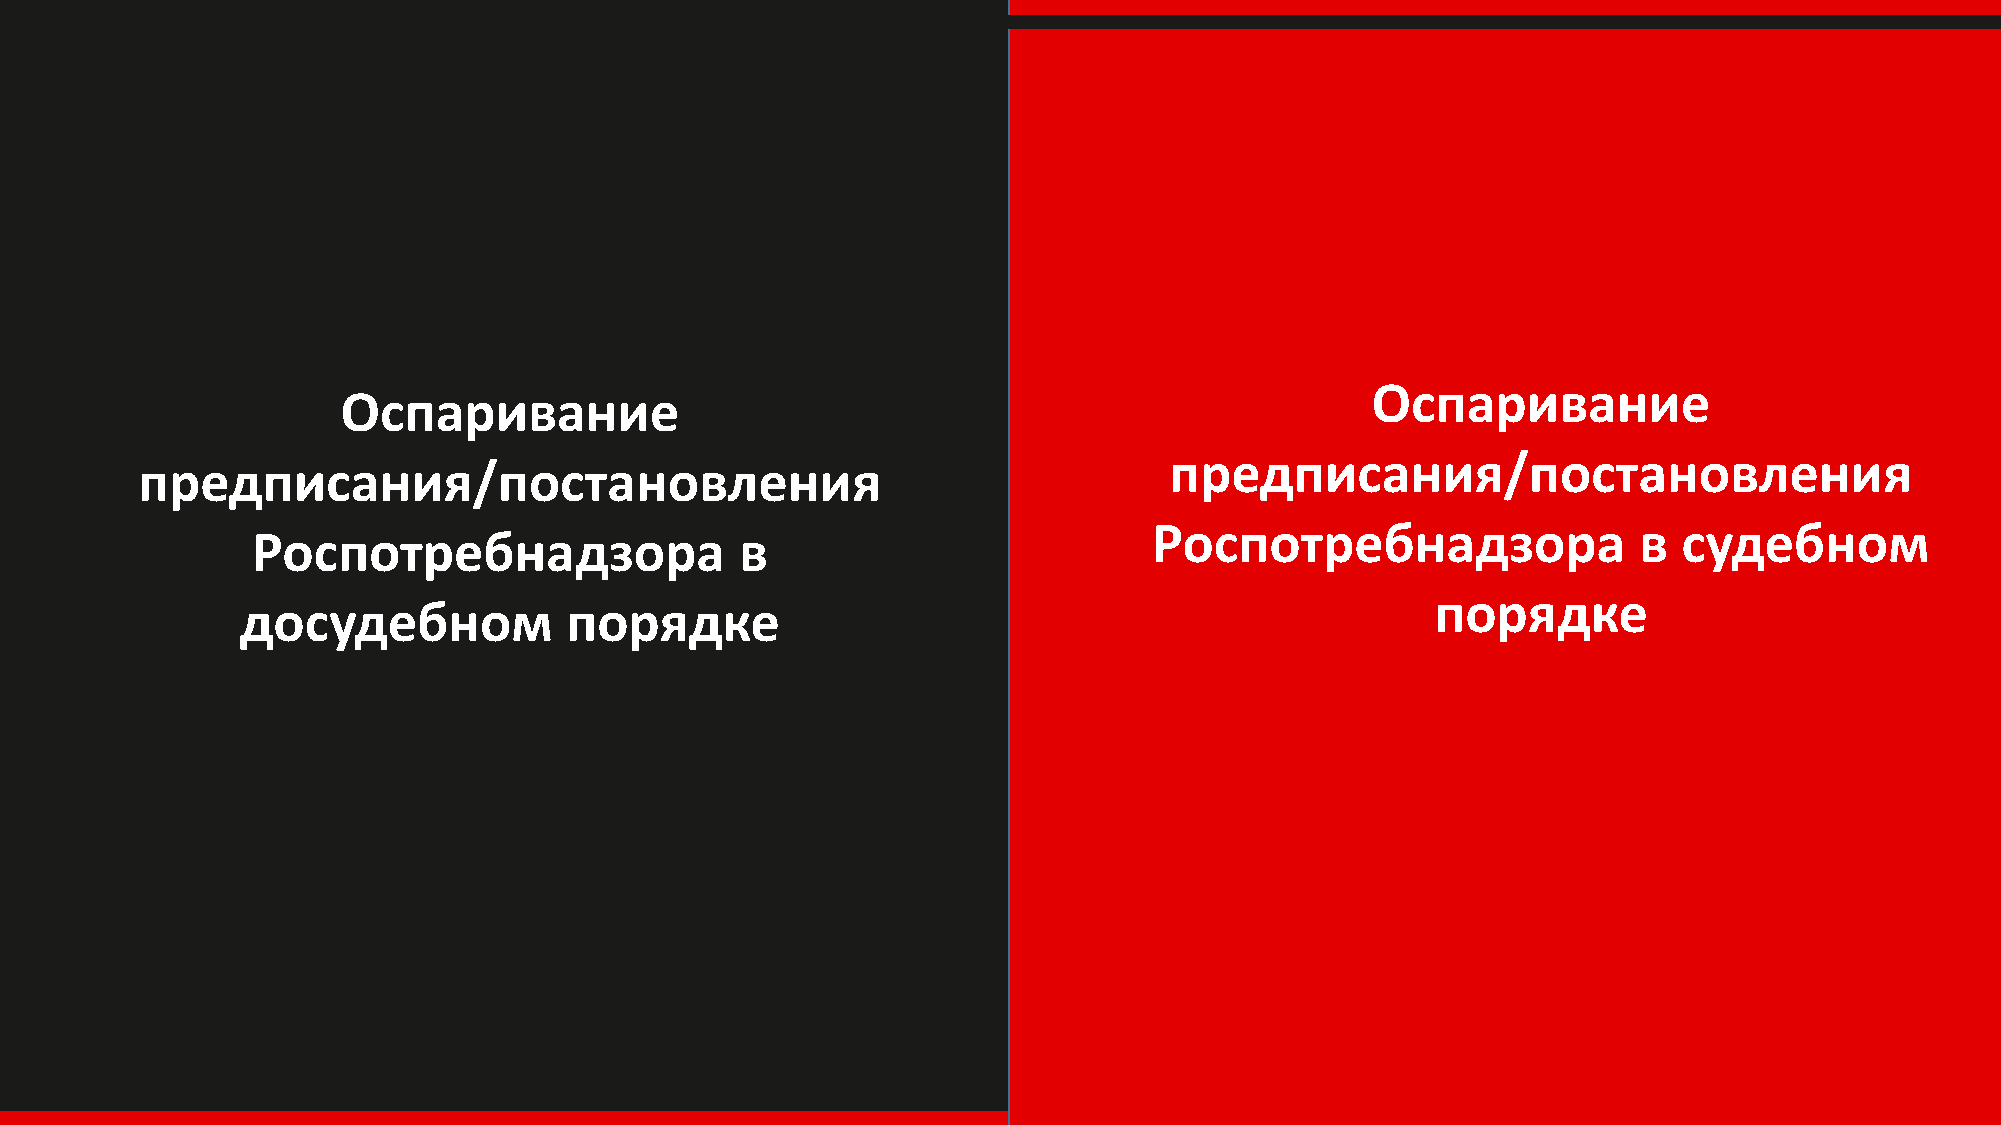
Оспаривание
 Оспаривание
 предписания/постановления
 предписания/постановления
 Роспотребнадзора                в  судебном
 Роспотребнадзора                в
 порядке
 досудебном           порядке
 Ответчик